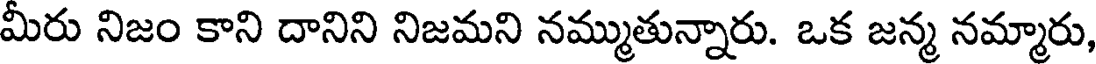
మీరు నిజం కాని దానిని నిజమని నమ్ముతున్నారు. ఒక జన్మ నమ్మారు,